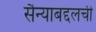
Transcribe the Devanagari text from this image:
सैन्याबद्दलची